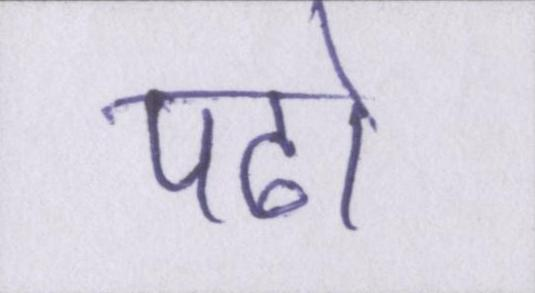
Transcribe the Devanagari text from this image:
पढो